Vaccination in Bombay 1863-1868 - 1863-1868
Year: 1863
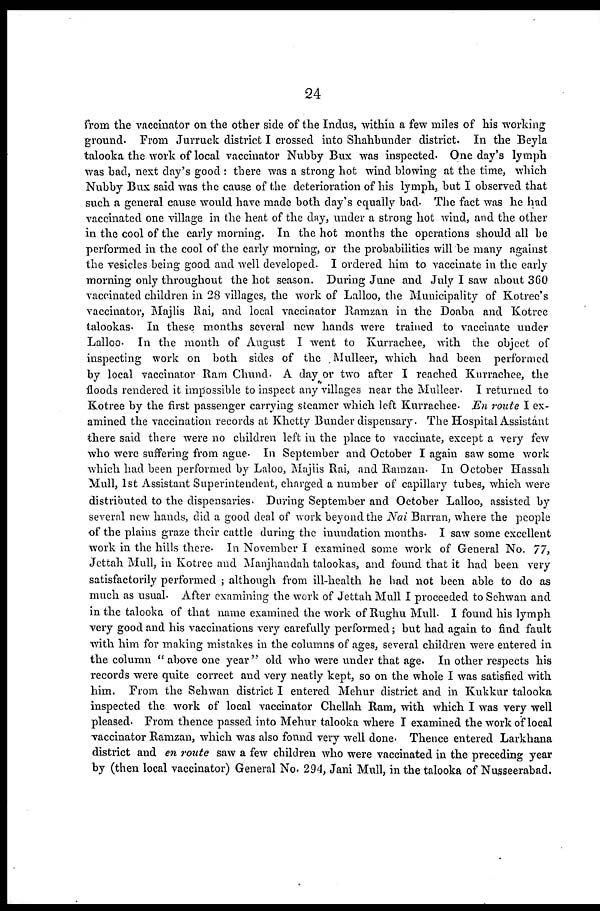
24
from the vaccinator on the other side of the Indus, within a few miles of his working
ground. From Jurruck district I crossed into Shahbunder district. In the Beyla
talooka the work of local vaccinator Nubby Bux was inspected. One day's lymph
was bad, next day's good : there was a strong hot wind blowing at the time, which
Nubby Bux said was the cause of the deterioration of his lymph, but I observed that
such a general cause would have made both day's equally bad. The fact was he had
vaccinated one village in the heat of the day, under a strong hot wind, and the other
in the cool of the early morning. In the hot months the operations should all be
performed in the cool of the early morning, or the probabilities will be many against
the vesicles being good and well developed. I ordered him to vaccinate in the early
morning only throughout the hot season. During June and July I saw about 360
vaccinated children in 28 villages, the work of Lalloo, the Municipality of Kotree's
vaccinator, Majlis Rai, and local vaccinator Ramzan in the Doaba and Kotree
talookas. In these months several new hands were trained to vaccinate under
Lalloo. In the month of August I went to Kurrachee, with the object of
inspecting work on both sides of the Mulleer, which had been performed
by local vaccinator Ram Chund. A day or two after I reached Kurrachee, the
floods rendered it impossible to inspect any villages near the Mulleer. I returned to
Kotree by the first passenger carrying steamer which left Kurrachee. En route I ex-
amined the vaccination records at Khetty Bunder dispensary. The Hospital Assistant
there said there were no children left in the place to vaccinate, except a very few
who were suffering from ague. In September and October I again saw some work
which had been performed by Laloo, Majlis Rai, and Ramzan. In October Hassah
Mull, 1st Assistant Superintendent, charged a number of capillary tubes, which were
distributed to the dispensaries. During September and October Lalloo, assisted by
several new hands, did a good deal of work beyond the Nai Barran, where the people
of the plains graze their cattle during the inundation months. I saw some excellent
work in the hills there. In November I examined some work of General No. 77,
Jettah Mull, in Kotree and Manjhandah talookas, and found that it had been very
satisfactorily performed ; although from ill-health he had not been able to do as
much as usual. After examining the work of Jettah Mull I proceeded to Sehwan and
in the talooka of that name examined the work of Rughu Mull. I found his lymph
very good and his vaccinations very carefully performed; but had again to find fault
with him for making mistakes in the columns of ages, several children were entered in
the column "above one year" old who were under that age. In other respects his
records were quite correct and very neatly kept, so on the whole I was satisfied with
him. From the Sehwan district I entered Mehur district and in Kukkur talooka
inspected the work of local vaccinator Chellah Ram, with which I was very well
pleased. From thence passed into Mehur talooka where I examined the work of local
vaccinator Ramzan, which was also found very well done. Thence entered Larkhana
district and en route saw a few children who were vaccinated in the preceding year
by (then local vaccinator) General No. 294, Jani Mull, in the talooka of Nusseerabad.